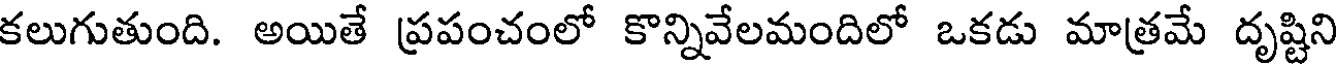
కలుగుతుంది. అయితే ప్రపంచంలో కొన్నివేలమందిలో ఒకడు మాత్రమే దృష్టిని